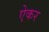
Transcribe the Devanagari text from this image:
ऐकर